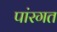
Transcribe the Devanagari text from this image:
पांरगत